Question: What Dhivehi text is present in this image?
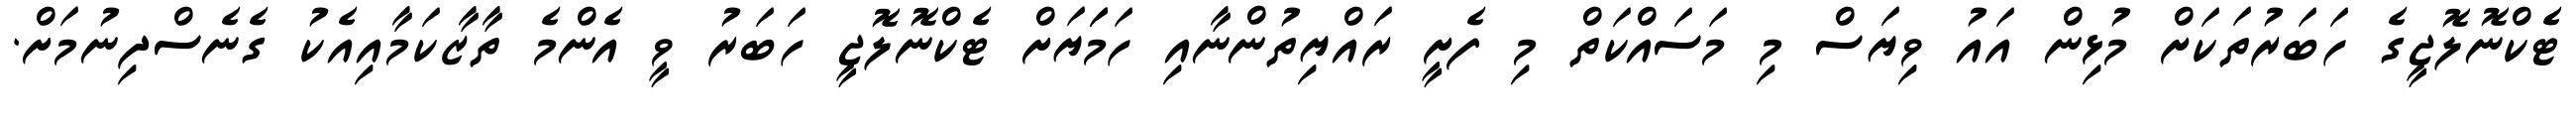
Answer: ޓެކްނޮލޮޖީގެ ހަބަރުތަކަށް މުޅިން އައު ވިޔަސް މި މަސައްކަތް މި ފެށީ ރައްޔިތުންނާއި ހަމަަޔަށް ޓެކްނޮލޮޖީ ހަބަރު ވީ އެންމެ ތާޒާކަމާއިއެކު ގެނެސްދިނުމަށް.